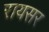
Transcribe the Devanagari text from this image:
रायसर